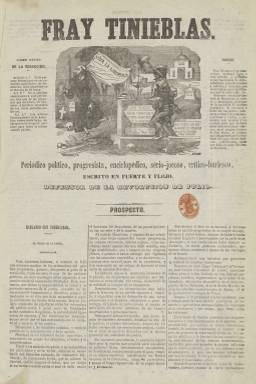
Título: Fray Tinieblas
Colección: Revistas satíricas y humorísticas || Periódicos
Ámbito geográfico: Madrid
Lugar de publicación: Madrid
Fechas: 01/05/1855-10/09/1855

“Periódico político, progresista, enciclopédico, serio-jocoso, crítico-burlesco, escrito en fuerte y flojo” es el extenso subtítulo de esta publicación cuyo primer número aparece el uno de mayo de 1855, coincidiendo con la entrada en vigor de la ley desamortizadora de Madoz, y como “defensor de la revolución de julio” [de 1854], según el lema que va en su cabecera. Surgió en oposición directa al también periódico humorístico El Padre Cobos (1854-1856), el órgano del Partido Moderado, que durante el Bienio Progresista usó también la ironía como arma contra el gobierno de Baldomero Espartero (1793-1879).

Comenzó siendo estampado en la Imprenta de M. Minuesa y, por último, lo fue en la de L. García, en un formato en folio menor. Salía los días uno, diez y veinte de cada mes, pero los días cinco, quince y 25 aparecía con la indicación de “suplemento” al número anterior y, a la vez, con la del número correlativo que le correspondía en la serie. La formación de su colección tiene, por tanto, esta singularidad. Las entregas de los números ordinarios serán de ocho páginas, y las de los suplementos, de cuatro, siempre compuestas a tres columnas; y mientras los primeros llevarán un grabado en su cabecera, los de los segundos carecen de ella.

Serán incluidos otros grabados humorísticos en el interior, siendo atribuidos todos ellos a Vicente Urrabieta (Valeriano Bozal: 1979). Según Brigitte Journeau (2002), el gobierno fue el que crearía Fray Tinieblas, así como otra “hoja” satírica, con el título Pero Grullo, que estuvo publicándose entre el 13 de mayo de 1855 y el 20 de abril de 1856. Así mismo, de ese mismo año 1855 se conocen 50 entregas de otro periódico satírico progresista con el título Fr. Supino Claridades, que también sería ilustrado por Urrabieta, y editado al estilo de Fray Gerundio.

Aparece también indicado, como era obligatorio, el nombre del editor responsable: Miguel Aduain, sobre el que recaerían las diversas denuncias de las que fue objeto, a pesar de esa supuesta relación ministerial directa con el periódico, señalada por Journeau. Fray Tinieblas indicó que sus columnas quedaban abiertas a todos los “milicianos nacionales de España, que en desagravio de sus justas quejas denuncien cualquiera arbitrariedad que puedan con ellos cometer las autoridades”.

En su edición de uno de julio insertará una esquela con la leyenda “Triste aniversario del alzamiento” del 28 de junio de 1854, en el que expone que “La matrona de la libertad… ha muerto”, y en la que Fray Tinieblas se declara “hermano” de La Soberanía nacional, el periódico del demócrata Sixto Cámara (1825-1859). Su edición de provincias del diez de agosto sería recogida por la caricatura que insertó ese día. El Boletín oficial de Madrid, de seis de julio de ese año, publica las providencias judiciales por la que Aduain es absuelto tras la calificación del fiscal de imprenta de “obscenos o contrarios a las buenas costumbres” unos versos publicados en el número de primero de junio.

En una hoja incluida en la colección de este título se recoge que el gobernador civil de Madrid les había prohibido la publicación de los suplementos, “por no tener cubierto el depósito que marca la ley la empresa”, y que sólo podía publicar tres números al mes. El hecho de indicar “suplemento” alternativamente a sus entregas pudo ser una estratagema para eludir tal pago administrativo.

El último número de la colección es el 25, publicado el diez de septiembre de 1855, por lo que no tuvo ni medio año de vida. Fray Tinieblas pondría “en solfa” a la coalición gobernante, y según Demetrio Castro Alfín (1998), el gobernador civil de la provincia “lo llevó a su desaparición”, fundiéndose con el diario democrático La Voz del pueblo, que comienza a publicarse el tres de octubre, a cuya redacción se incorporaron sus colaboradores y donde pasa a ser sección ocasional.

En 1878, fue editado en Buenos Aires El proscrito o biografía de El Moro Muza, una suerte de entrevista a Francisco Vargas Machuca, en la que éste señala que había sido el redactor de Fray Tinieblas, opúsculo que no hemos podido consultar.